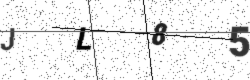
Text: JL85